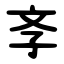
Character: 斈